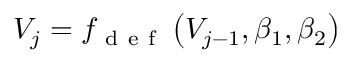
V _ { j } = f _ { \mathrm { ~ d ~ e ~ f ~ } } \left( V _ { j - 1 } , \beta _ { 1 } , \beta _ { 2 } \right)